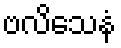
ဗလိသေနံ